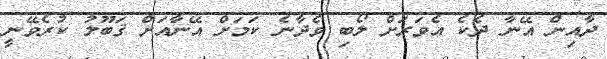
ދާއިން އޭނާ ދެކެ އެވަރަށް ލޯބި ވެދާނެ ކަމަށް އޭނާއަށް ޤަބޫލު ކުރެވޭނީ